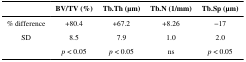
<table><thead><tr><td></td><td><b>BV/TV (%)</b></td><td><b>Tb.Th (μm)</b></td><td><b>Tb.N (1/mm)</b></td><td><b>Tb.Sp (μm)</b></td></tr></thead><tbody><tr><td>% difference</td><td>+80.4</td><td>+67.2</td><td>+8.26</td><td>−17</td></tr><tr><td>SD</td><td>8.5</td><td>7.9</td><td>1.0</td><td>2.0</td></tr><tr><td></td><td><i>p</i> &lt; 0.05</td><td><i>p</i> &lt; 0.05</td><td>ns</td><td><i>p</i> &lt; 0.05</td></tr></tbody></table>